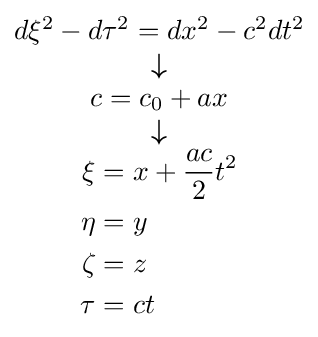
{\scriptstyle {\begin{matrix}d\xi ^{2}-d\tau ^{2}=dx^{2}-c^{2}dt^{2}\\{\boldsymbol {\downarrow }}\\c=c_{0}+ax\\{\boldsymbol {\downarrow }}\\{\begin{aligned}\xi &=x+{\frac {ac}{2}}t^{2}\\\eta &=y\\\zeta &=z\\\tau &=ct\end{aligned}}\end{matrix}}}